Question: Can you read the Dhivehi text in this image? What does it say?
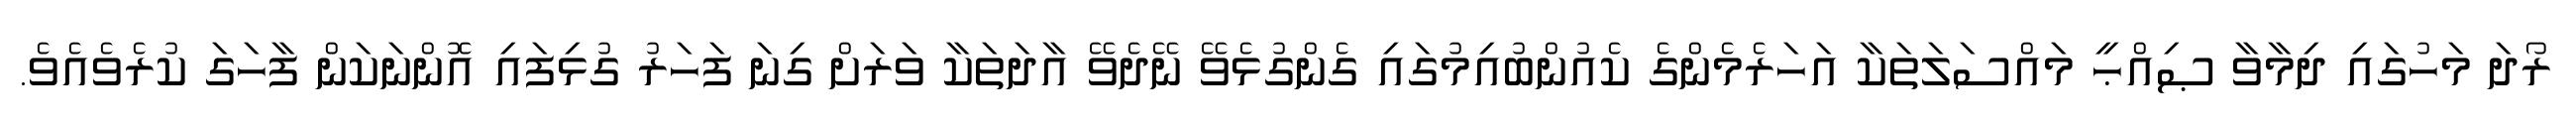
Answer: ރޯދަ މަހުގައި ދިމާވާ ޞިއްޙީ މައްސަލަތަކާ އަހަރެމެންގެ ކެއުންބުއިމުގައި ގެންގުޅެވޭ ނޭދެވޭ އާދަތަކާ ވަރަށް ގިނަ ފަހަރު ގުޅިފައި އޮންނަކަން ފާހަގަ ކުރެވެއެވެ.